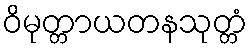
ဝိမုတ္တာယတနသုတ္တံ